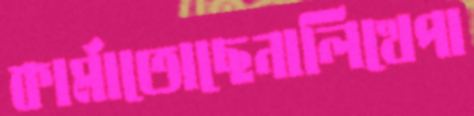
কার্মাতোছেনালিখেপা